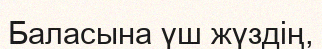
Баласына үш жүздің,